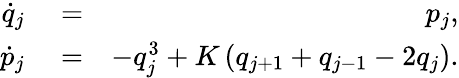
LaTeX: \begin{array}{rlr}{\dot{q}_{j}}&{{}=}&{p_{j},}\\ {\dot{p}_{j}}&{{}=}&{-q_{j}^{3}+K\left(q_{j+1}+q_{j-1}-2q_{j}\right).}\end{array}